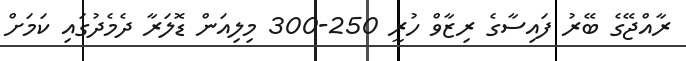
ރާއްޖޭގެ ބޭރު ފައިސާގެ ރިޒާވް ހުރީ 250-300 މިލިއަން ޑޮލަރާ ދެމެދުގައި ކަމަށް